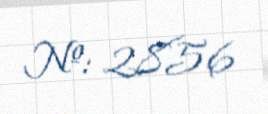
№: 2856